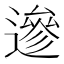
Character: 遪